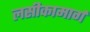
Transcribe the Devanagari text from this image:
लसीकामार्ग